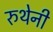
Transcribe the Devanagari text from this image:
रुथेनी